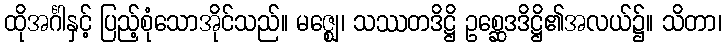
ထိုအင်္ဂါနှင့် ပြည့်စုံသောအိုင်သည်။ မဇ္ဈေ၊ သဿတဒိဋ္ဌိ ဥစ္ဆေဒဒိဋ္ဌိ၏အလယ်၌။ သိတာ၊